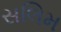
સલિમ